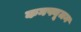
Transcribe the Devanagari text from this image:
कनफ्यूजन